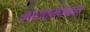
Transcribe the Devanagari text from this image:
कारात्मककात्‌